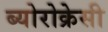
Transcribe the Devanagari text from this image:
ब्योरोक्रेसी